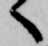
へ